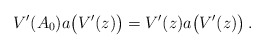
\begin{align*}V'(A_0)a\bigl(V'(z)\bigr)=V'(z)a\bigl(V'(z)\bigr)\,.\end{align*}